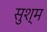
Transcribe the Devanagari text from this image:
सुश्म